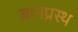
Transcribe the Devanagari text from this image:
बानप्रस्‍थ